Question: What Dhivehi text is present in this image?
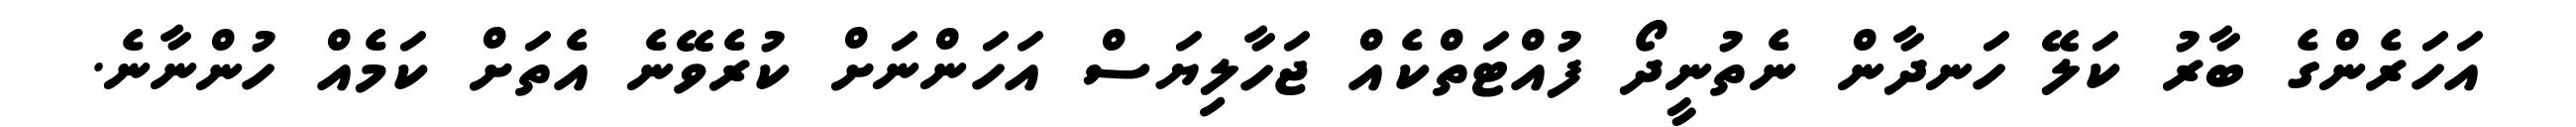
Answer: އަހަރެންގެ ބާރު ކަލޭ ހަނދާން ނެތުނީދޯ ފުއްޓަތްކެއް ޖަހާލިޔަސް އަހަންނަށް ކުރެވޭނެ އެތަށް ކަމެއް ހުންނާނެ.